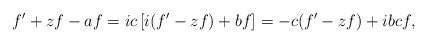
\begin{align*}f'+zf-af=ic\left[i(f'-zf)+bf\right]=-c(f'-zf)+ibcf,\end{align*}